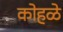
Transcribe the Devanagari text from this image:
कोहळे